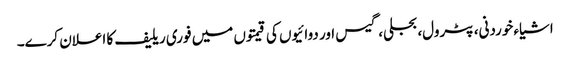
اشیاء خوردنی، پٹرول، بجلی، گیس اور دوائیوں کی قیمتوں میں فوری ریلیف کا اعلان کرے۔